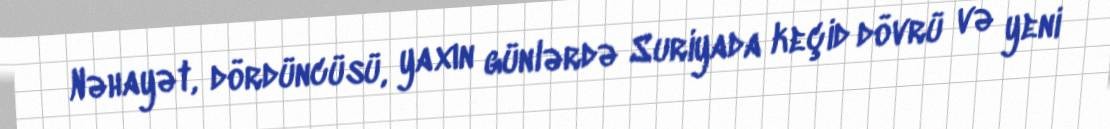
Nəhayət, dördüncüsü, yaxın günlərdə Suriyada keçid dövrü və yeni